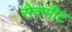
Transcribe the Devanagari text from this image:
सेक्सीट